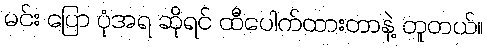
မင်း ပြော ပုံအရ ဆိုရင် ထီပေါက်ထားတာနဲ့ တူတယ်။